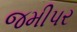
જમીપર